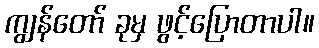
ကျွန်တော် ခုမှ ဖွင့်ပြောတာပါ။